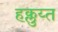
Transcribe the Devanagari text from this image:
हक्लुय्त